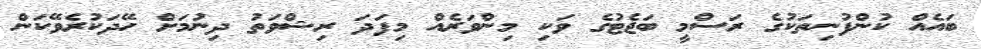
ބައެއް ކުންފުނިތަކުގެ ރަސްމީ ބަޖެޓުގެ ވަކި މިންވަރެއް މިފަދަ ރިޝްވަތު ދިނުމަށް ހޭދަކުރެވޭކަން